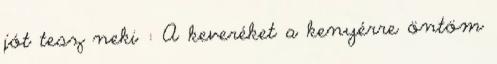
jót tesz neki : A keveréket a kenyérre öntöm